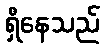
ရှိနေသည်